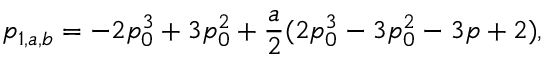
p _ { 1 , a , b } = - 2 p _ { 0 } ^ { 3 } + 3 p _ { 0 } ^ { 2 } + \frac { a } { 2 } ( 2 p _ { 0 } ^ { 3 } - 3 p _ { 0 } ^ { 2 } - 3 p + 2 ) ,